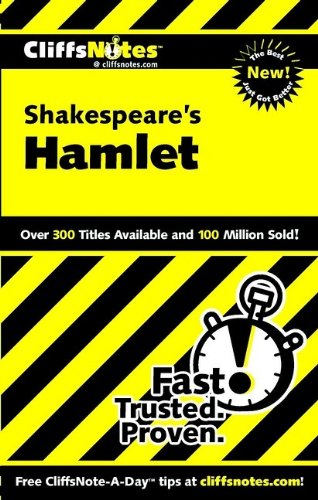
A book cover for CliffsNotes on Shakespeare's Hamlet (Cliffsnotes Literature Guides); Carla Lynn Stockton; Literature & Fiction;